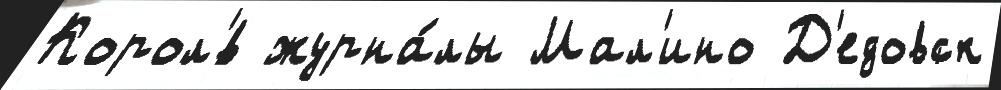
Корол'́в журна́лы Мал'ино Д'едовск